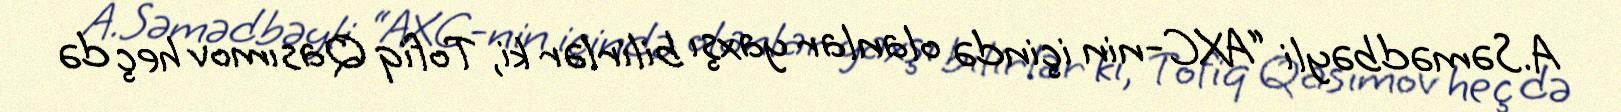
A.Səmədbəyli “AXC-nin içində olanlar yaxşı bilirlər ki, Tofiq Qasımov heç də